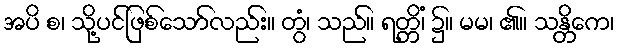
အပိ စ၊ သို့ပင်ဖြစ်သော်လည်း။ တွံ၊ သည်။ ရတ္တိံ၊ ၌။ မမ၊ ၏။ သန္တိကေ၊